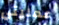
عمليتي